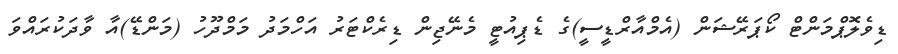
ޑިވެލޮޕްމަންޓް ކޯޕަރޭޝަން (އެމްއާރްޑީސީ)ގެ ޑެޕިއުޓީ މެނޭޖިން ޑިރެކްޓަރު އަހްމަދު މަމްދޫހު (މަންޑޭ)އާ ވާދަކުރައްވަ